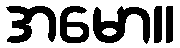
အမော။